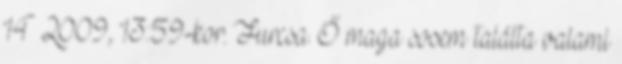
14 2009, 13:59-kor. Furcsa. Ő maga sosem találta valami